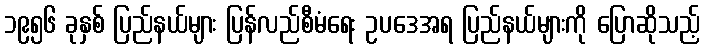
၁၉၅၆ ခုနှစ် ပြည်နယ်များ ပြန်လည်စီမံရေး ဥပဒေအရ ပြည်နယ်များကို ပြောဆိုသည့်